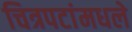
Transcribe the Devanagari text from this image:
चित्रपटांमधले